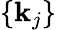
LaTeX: \{ \mathbf{k}_{j}\}